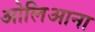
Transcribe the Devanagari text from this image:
ओलिआना